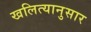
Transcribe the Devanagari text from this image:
खलित्यानुसार